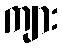
ကျား